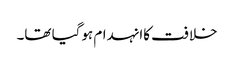
خلافت کاانہدام ہوگیا تھا۔